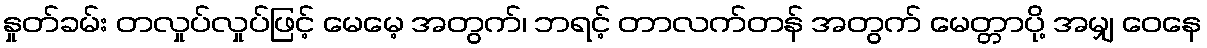
နှုတ်ခမ်း တလှုပ်လှုပ်ဖြင့် မေမေ့ အတွက်၊ ဘရင့် တာလက်တန် အတွက် မေတ္တာပို့ အမျှ ဝေနေ